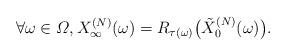
LaTeX: \begin{align*}\forall\omega\in\varOmega, X_\infty^{(N)}(\omega)=R_{\tau(\omega)}\bigl(\tilde{X}_0^{(N)}(\omega)\bigr).\end{align*}